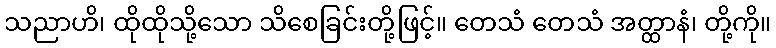
သညာဟိ၊ ထိုထိုသို့သော သိစေခြင်းတို့ဖြင့်။ တေသံ တေသံ အတ္ထာနံ၊ တို့ကို။